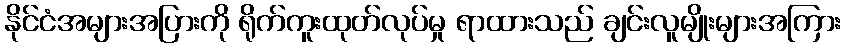
နိုင်ငံအများအပြားကို ရိုက်ကူးထုတ်လုပ်မှု ရာထားသည် ချင်းလူမျိုးများအကြား